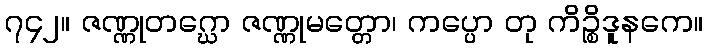
၇၄၂။ ဇဏ္ဏုတဂ္ဃော ဇဏ္ဏုမတ္တော၊ ကပ္ပော တု ကိဉ္စိဒူနကေ။